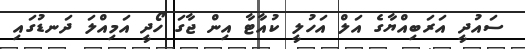
ސައުދީ އަރަބިއްޔާގެ އަލް އަހުލީ ކުއާޓާ އިން ޖާގަ ހޯދީ އަމިއްލަ ދަނޑުގައި